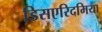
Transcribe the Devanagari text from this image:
डिसएरिदमिया